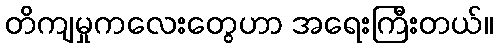
တိကျမှုကလေးတွေဟာ အရေးကြီးတယ်။